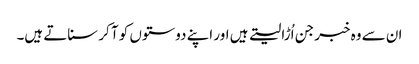
ان سے وہ خبر جن اُڑا لیتے ہیں اور اپنے دوستوں کو آ کر سناتے ہیں۔